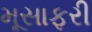
મૂસાફરી